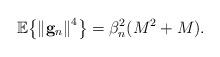
LaTeX: \begin{align*}{\mathbb E}\!\left\{ {{{\left\| {{{\bf{g}}_n}} \right\|}^4}} \right\} = \beta^2_n({M^2} + M).\end{align*}